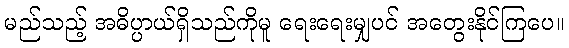
မည်သည့် အဓိပ္ပာယ်ရှိသည်ကိုမူ ရေးရေးမျှပင် အတွေးနိုင်ကြပေ။